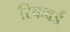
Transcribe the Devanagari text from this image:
रिकवर्ड